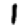
Digit: 1